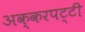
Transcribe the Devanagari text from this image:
अक्करपट्टी